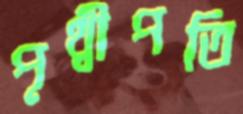
পৃথ্বীপতি